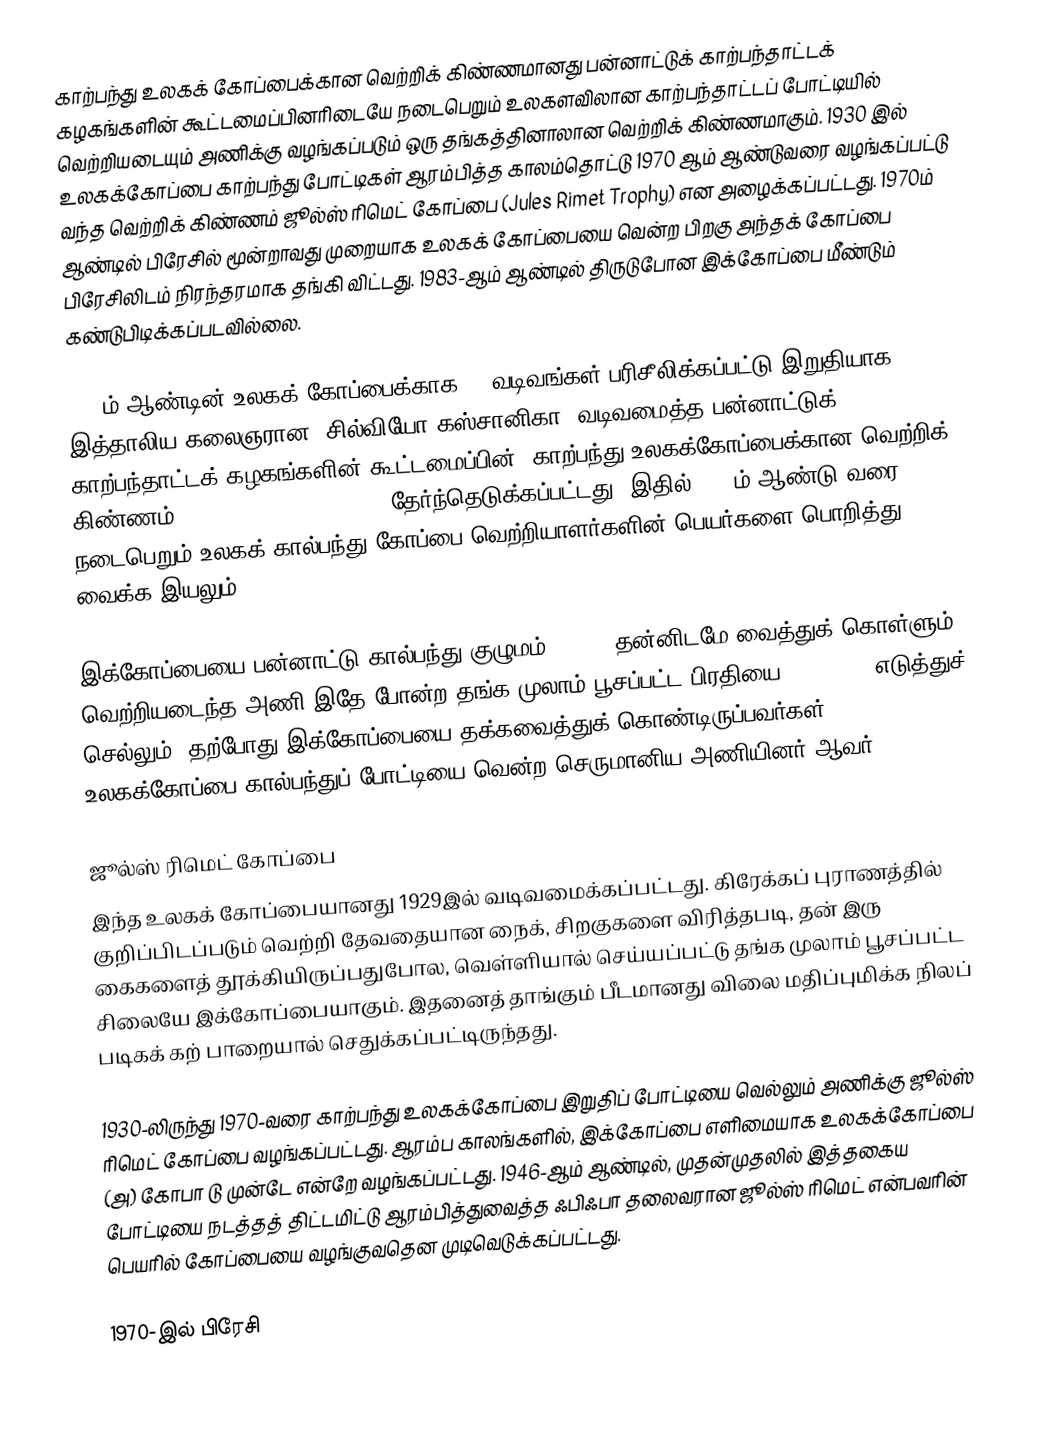
காற்பந்து உலகக் கோப்பைக்கான வெற்றிக் கிண்ணமானது பன்னாட்டுக் காற்பந்தாட்டக் கழகங்களின் கூட்டமைப்பினரிடையே நடைபெறும் உலகளவிலான காற்பந்தாட்டப் போட்டியில் வெற்றியடையும் அணிக்கு வழங்கப்படும் ஒரு தங்கத்தினாலான வெற்றிக் கிண்ணமாகும். 1930 இல் உலகக்கோப்பை காற்பந்து போட்டிகள் ஆரம்பித்த காலம்தொட்டு 1970 ஆம் ஆண்டுவரை வழங்கப்பட்டு வந்த வெற்றிக் கிண்ணம் ஜூல்ஸ் ரிமெட் கோப்பை (Jules Rimet Trophy) என அழைக்கப்பட்டது. 1970ம் ஆண்டில் பிரேசில் மூன்றாவது முறையாக உலகக் கோப்பையை வென்ற பிறகு அந்தக் கோப்பை பிரேசிலிடம் நிரந்தரமாக தங்கி விட்டது.  1983-ஆம் ஆண்டில் திருடுபோன இக்கோப்பை மீண்டும் கண்டுபிடிக்கப்படவில்லை.

1974ம் ஆண்டின் உலகக் கோப்பைக்காக 53 வடிவங்கள் பரிசீலிக்கப்பட்டு இறுதியாக இத்தாலிய கலைஞரான 'சில்வியோ கஸ்சானிகா' வடிவமைத்த பன்னாட்டுக் காற்பந்தாட்டக் கழகங்களின் கூட்டமைப்பின், காற்பந்து உலகக்கோப்பைக்கான வெற்றிக் கிண்ணம் (FIFA World Cup Trophy) தேர்ந்தெடுக்கப்பட்டது.  இதில் 2038ம் ஆண்டு வரை நடைபெறும் உலகக் கால்பந்து கோப்பை வெற்றியாளர்களின் பெயர்களை பொறித்து வைக்க இயலும்.

இக்கோப்பையை பன்னாட்டு கால்பந்து குழுமம் (FIFA) தன்னிடமே வைத்துக் கொள்ளும். வெற்றியடைந்த அணி இதே போன்ற தங்க முலாம் பூசப்பட்ட பிரதியை (replica) எடுத்துச் செல்லும்.  தற்போது இக்கோப்பையை தக்கவைத்துக் கொண்டிருப்பவர்கள், 2014 உலகக்கோப்பை கால்பந்துப் போட்டியை வென்ற செருமானிய அணியினர் ஆவர்.

ஜூல்ஸ் ரிமெட் கோப்பை
இந்த உலகக் கோப்பையானது 1929இல் வடிவமைக்கப்பட்டது. கிரேக்கப் புராணத்தில் குறிப்பிடப்படும் வெற்றி தேவதையான நைக், சிறகுகளை விரித்தபடி, தன் இரு கைகளைத் தூக்கியிருப்பதுபோல, வெள்ளியால் செய்யப்பட்டு தங்க முலாம் பூசப்பட்ட சிலையே இக்கோப்பையாகும். இதனைத் தாங்கும் பீடமானது விலை மதிப்புமிக்க நிலப் படிகக் கற் பாறையால் செதுக்கப்பட்டிருந்தது.

1930-லிருந்து 1970-வரை காற்பந்து உலகக்கோப்பை இறுதிப் போட்டியை வெல்லும் அணிக்கு ஜூல்ஸ் ரிமெட் கோப்பை வழங்கப்பட்டது.  ஆரம்ப காலங்களில், இக்கோப்பை எளிமையாக உலகக்கோப்பை (அ) கோபா டு முன்டே என்றே வழங்கப்பட்டது.  1946-ஆம் ஆண்டில், முதன்முதலில் இத்தகைய போட்டியை நடத்தத் திட்டமிட்டு ஆரம்பித்துவைத்த ஃபிஃபா தலைவரான ஜூல்ஸ் ரிமெட் என்பவரின் பெயரில் கோப்பையை வழங்குவதென முடிவெடுக்கப்பட்டது.

1970-இல் பிரேசி